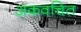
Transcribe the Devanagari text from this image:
अकवचित